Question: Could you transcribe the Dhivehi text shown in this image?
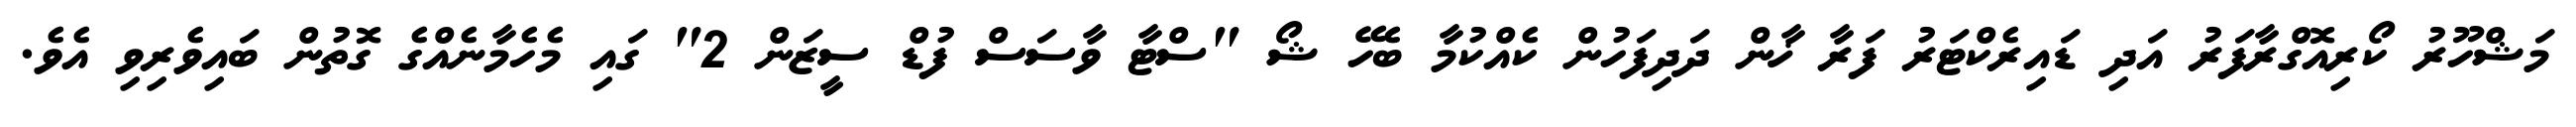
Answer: މަޝްހޫރު ކޯރިއޮގްރާފަރު އަދި ޑައިރެކްޓަރު ފަރާ ޚާން ދަދިފަހުން ކެއްކުމާ ބެހޭ ޝޯ "ސްޓާ ވާސަސް ފުޑް ސީޒަން 2" ގައި މެހެމާނެއްގެ ގޮތުން ބައިވެރިވި އެވެ.